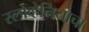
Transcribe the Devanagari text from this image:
स्लोव्हेनियाचा